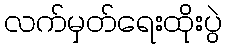
လက်မှတ်ရေးထိုးပွဲ